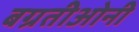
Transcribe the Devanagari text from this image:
बग्रतीओनी